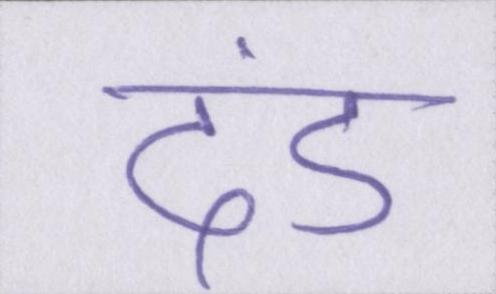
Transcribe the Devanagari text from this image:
दंड